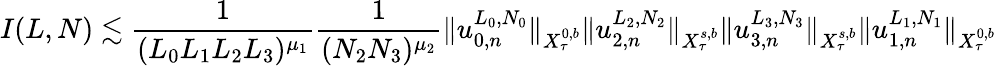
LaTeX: I(L,N)\lesssim{\frac{1}{(L_{0}L_{1}L_{2}L_{3})^{\mu_{1}}}}{\frac{1}{(N_{2}N_{3})^{\mu_{2}}}}\| u_{0,n}^{L_{0},N_{0}}\| _{X_{\tau}^{0,b}}\| u_{2,n}^{L_{2},N_{2}}\| _{X_{\tau}^{s,b}}\| u_{3,n}^{L_{3},N_{3}}\| _{X_{\tau}^{s,b}}\| u_{1,n}^{L_{1},N_{1}}\| _{X_{\tau}^{0,b}}